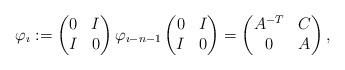
LaTeX: \begin{align*}\varphi_{\imath}:=\begin{pmatrix}0 & I\\I & 0\end{pmatrix}\varphi_{\imath-n-1}\begin{pmatrix}0 & I\\I & 0\end{pmatrix}=\begin{pmatrix}A^{-T} & C\\0 & A\end{pmatrix},\end{align*}